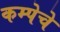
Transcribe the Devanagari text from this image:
कम्पेचे